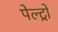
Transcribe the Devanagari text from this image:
पेल्ट्रो